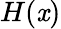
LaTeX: H(\mathit{x})